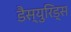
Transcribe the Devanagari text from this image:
डैस्युरिड्स